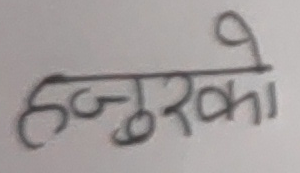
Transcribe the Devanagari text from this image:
हजुरको